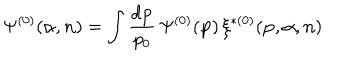
LaTeX: \Psi ^ { ( 0 ) } ( { \alpha } , { \bf n } ) = \int \frac { d { \bf p } } { p _ { 0 } } \, \Psi ^ { ( 0 ) } ( { \bf p } ) \, \xi ^ { \ast ( 0 ) } ( { \bf p } , { \alpha } , { \bf n } )